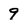
Character: 9